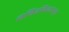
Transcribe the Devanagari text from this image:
ललितविस्तारसूत्र